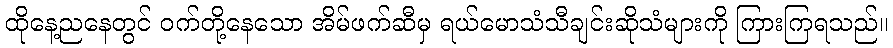
ထိုနေ့ညနေတွင် ဝက်တို့နေသော အိမ်ဖက်ဆီမှ ရယ်မောသံသီချင်းဆိုသံများကို ကြားကြရသည်။